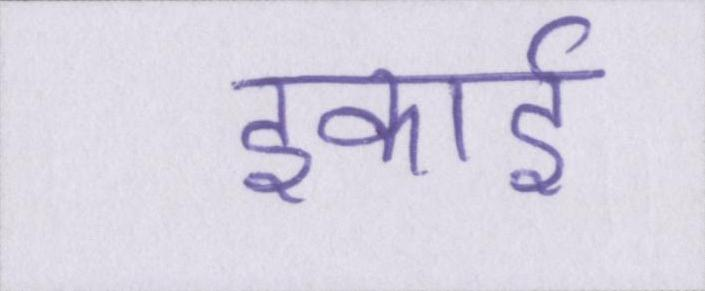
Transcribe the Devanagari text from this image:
इकाई